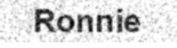
Ronnie